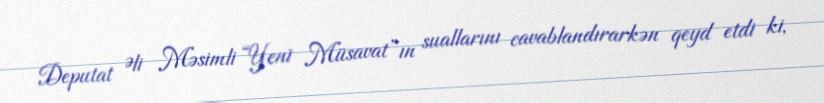
Deputat Əli Məsimli “Yeni Müsavat”ın suallarını cavablandırarkən qeyd etdi ki,